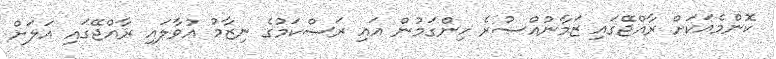
ކޮންމެއަކަށް ރާއްޖޭގައި ޒަމާނުއްސުރެ ހިންގަމުން އައި ރަސްކަމުގެ ނިޒާމު އުވާލައި ރާއްޖޭގައި އަލަށް